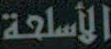
الأسلحة